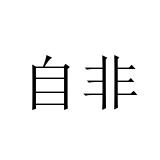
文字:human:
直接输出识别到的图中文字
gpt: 自非